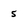
Character: 5